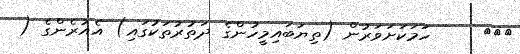
١٣٨     ހަމަކަށަވަރުން (ތިޔަބައިމީހުންގެ ދަތުރުތަކުގައި) އެއުރެންގެ (